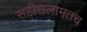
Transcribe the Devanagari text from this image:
सहीसलामतच